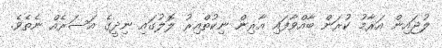
ލުޖައިން އަރާމު ކުރަން ބާއްވާފައި އާރިން ނިކުތްއިރު ލޮލުގައި ނިދީގެ އަސަރެއް ނެތެވެ.